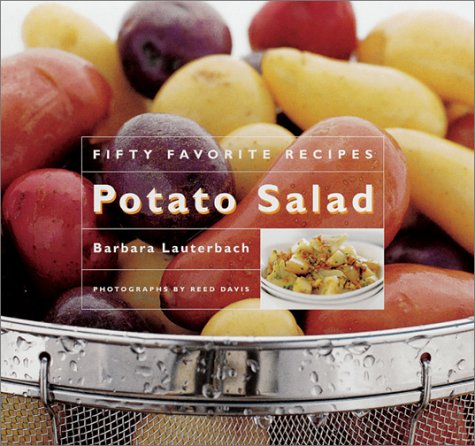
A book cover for Potato Salad: Fifty Favorite Recipes; Barbara Lauterbach; Cookbooks, Food & Wine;